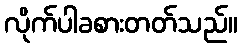
လိုက်ပါခစားတတ်သည်။